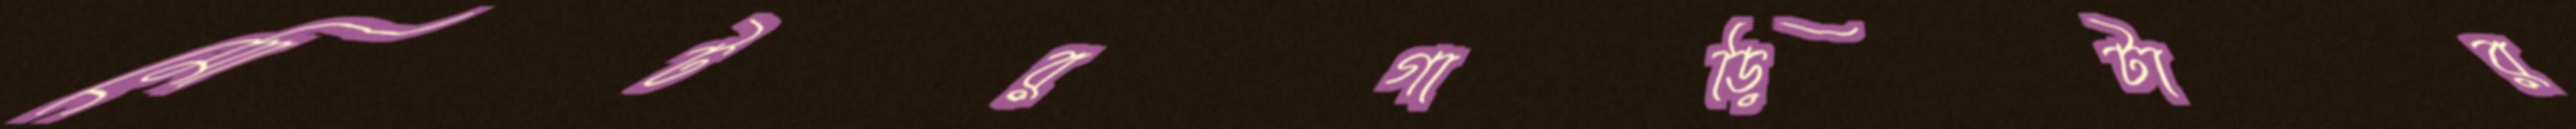
মোটরগাড়িটার